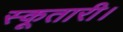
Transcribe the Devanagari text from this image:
स्कूतारी।